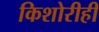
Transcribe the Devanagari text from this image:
किशोरीही